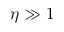
\eta \gg 1